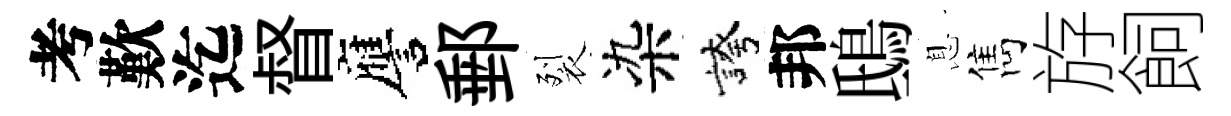
考歎迄督譍郵裂染誇邦鴟息雋斿飼